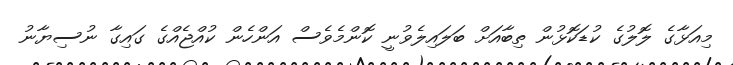
މިއަޅާގެ ލޮލުގެ ކުޑަކޮޅުން ތިބާއަށް ބަލައިލެވުނީ ކޮންމެވެސް އަންހެން ކުއްޖެއްގެ ގައިގާ ނުސިޔާނު